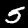
Label: 5